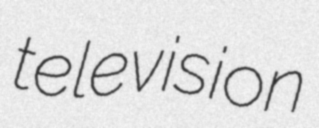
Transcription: television